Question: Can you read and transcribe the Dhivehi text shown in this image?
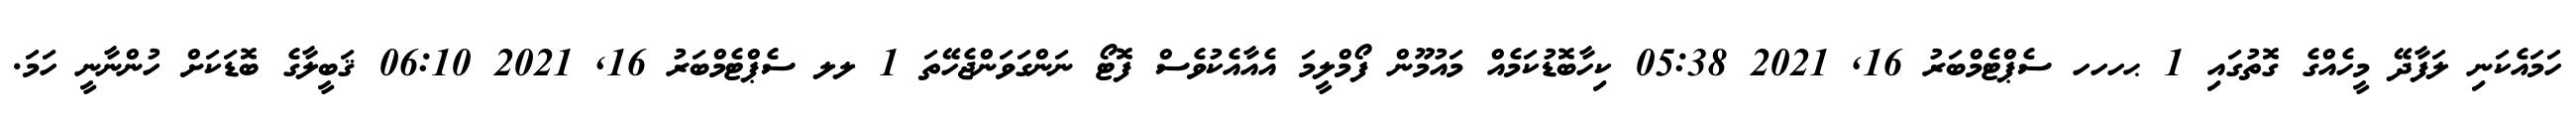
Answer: ހަމައެކަނި ލަފާދޭ މީހެއްގެ ގޮތުގައި 1 ޙހހހ ސެޕްޓެމްބަރު 16, 2021 05:38 ކިހާބޮޑުކަމެއް މައުމޫން ފޯމްލީމަ އެއާއެކުވެސް ފޮޓޯ ނަންގަވަންޖެހޭތަ 1 ލލ ސެޕްޓެމްބަރު 16, 2021 06:10 ޤަބީލާގެ ބޮޑަކަށް ހުންނާނީ ހަމަ.